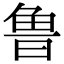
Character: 鲁